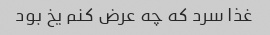
غذا سرد که چه عرض کنم یخ بود